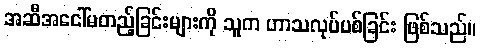
အဆီအငေါ်မတည့်ခြင်းများကို သူက ဟာသလုပ်ပစ်ခြင်း ဖြစ်သည်။